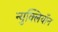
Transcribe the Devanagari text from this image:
न्युक्लियॉन